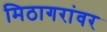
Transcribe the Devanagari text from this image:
मिठागरांवर